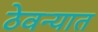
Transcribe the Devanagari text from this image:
ठेवन्यात